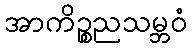
အာကိဉ္စညသမ္ဘဝံ